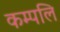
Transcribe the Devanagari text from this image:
कम्पलि